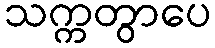
သက္ကတွာပေ